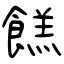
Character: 餻